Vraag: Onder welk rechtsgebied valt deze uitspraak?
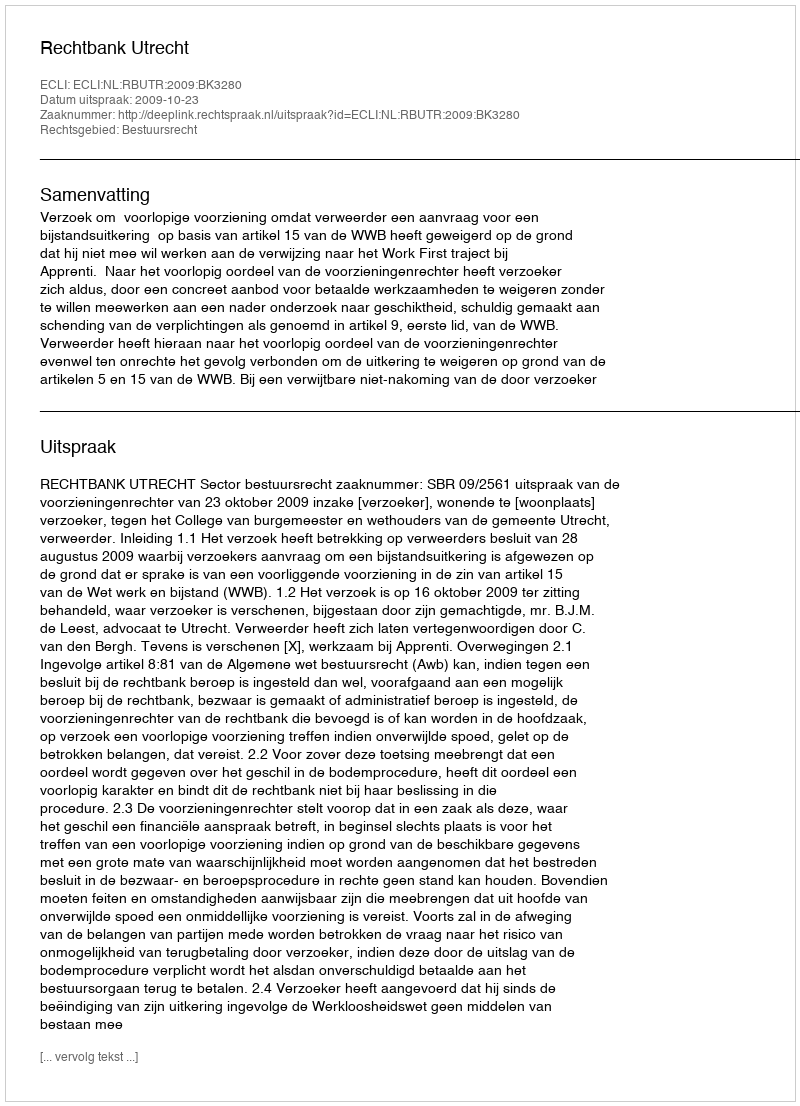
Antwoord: Bestuursrecht